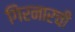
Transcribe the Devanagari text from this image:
गिरनारची